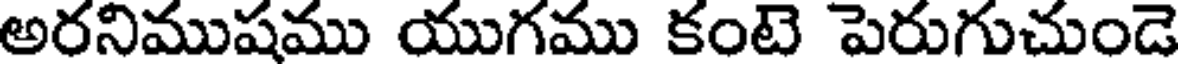
అరనిముషము యుగము కంటె పెరుగుచుండె